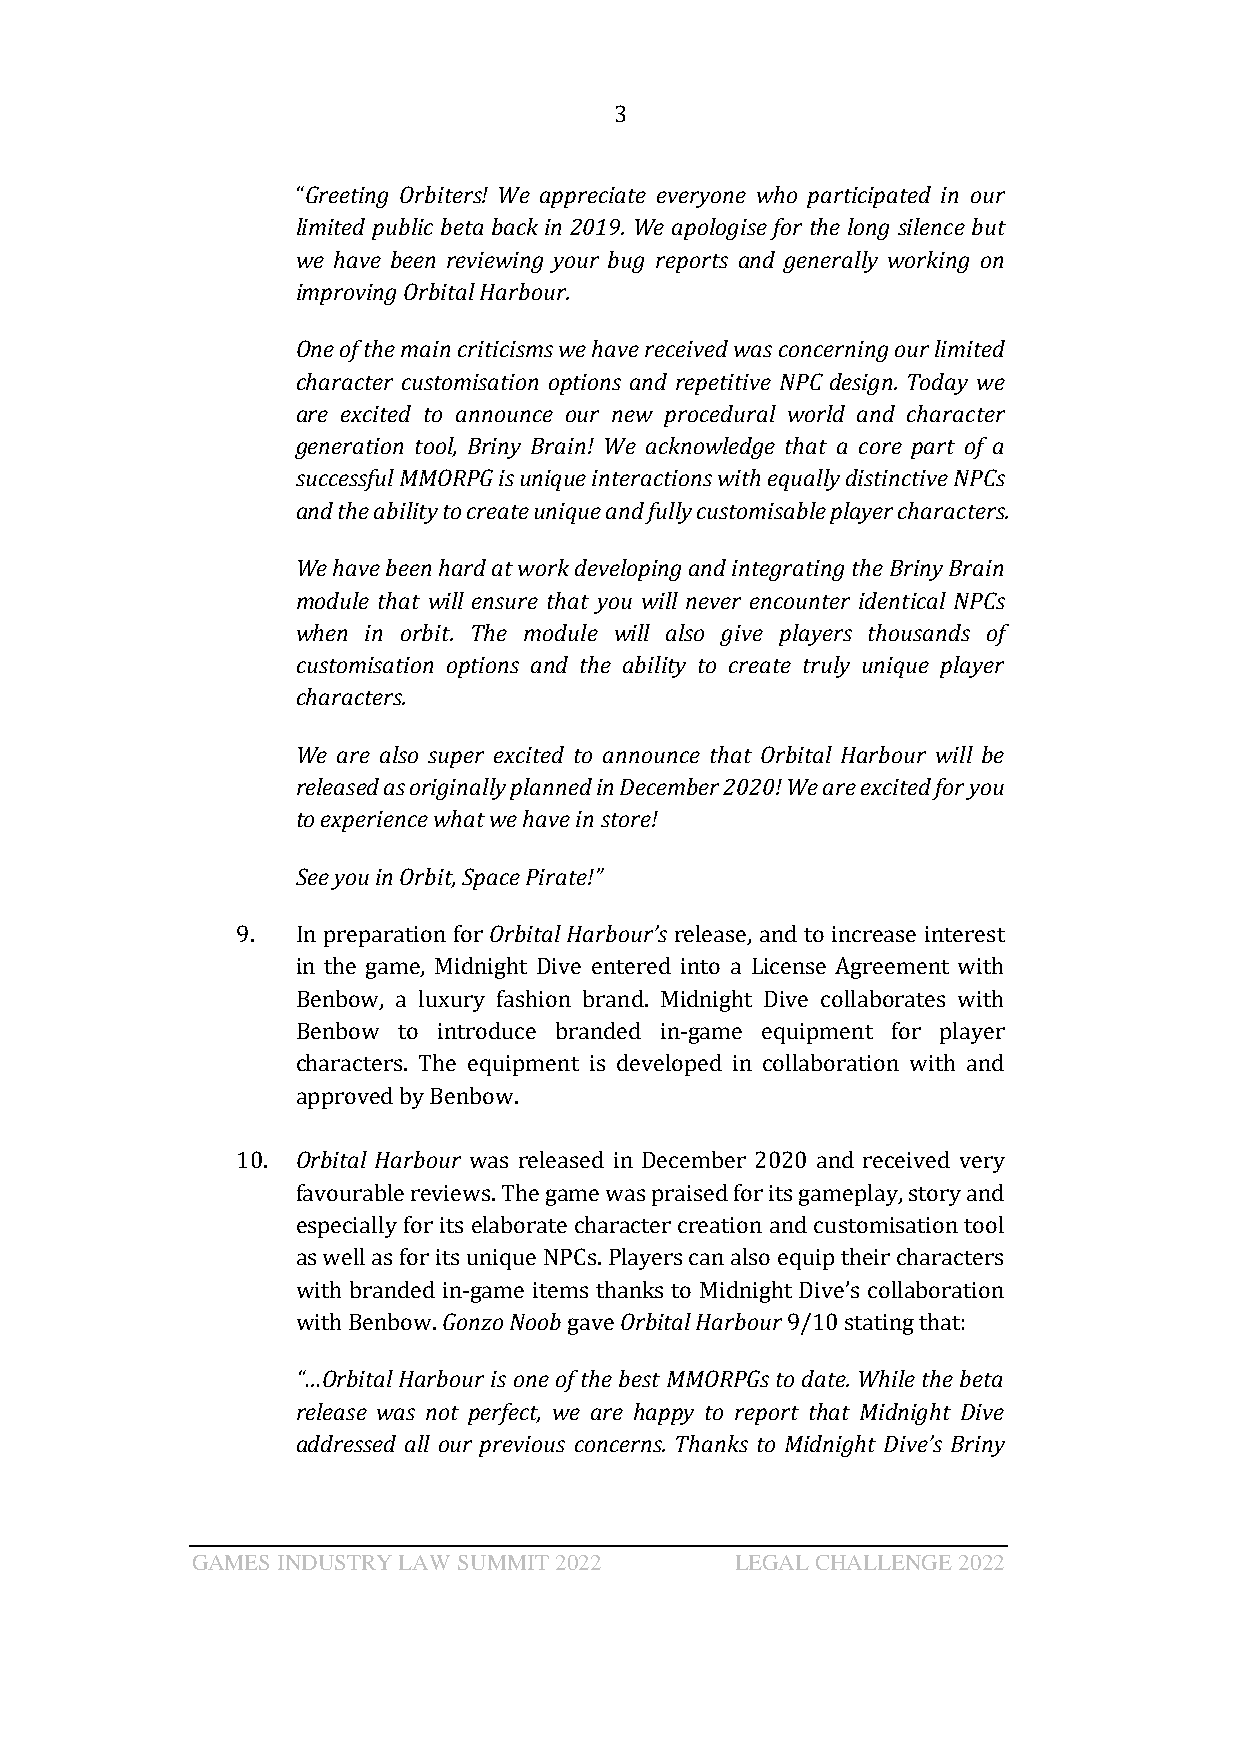
3
 “Greeting Orbiters! We appreciate everyone who participated in our
 limited public beta back in 2019. We apologise for the long silence but
 we have been reviewing your bug reports and generally working on
 improving Orbital Harbour.
 One of the main criticisms we have received was concerning our limited
 character customisation options and repetitive NPC design. Today we
 are excited to announce our new procedural world and character
 generation tool, Briny Brain! We acknowledge that a core part of a
 successful MMORPG is unique interactions with equally distinctive NPCs
 and the ability to create unique and fully customisable player characters.
 We have been hard at work developing and integrating the Briny Brain
 module that will ensure that you will never encounter identical NPCs
 when in orbit. The module will also give players thousands of
 customisation options and the ability to create truly unique player
 characters.
 We are also super excited to announce that Orbital Harbour will be
 released as originally planned in December 2020! We are excited for you
 to experience what we have in store!
 See you in Orbit, Space Pirate!”
 9.  In preparation for Orbital Harbour’s release, and to increase interest
 in the game, Midnight Dive entered into a License Agreement with
 Benbow, a luxury fashion brand. Midnight Dive collaborates with
 Benbow to introduce branded in-game equipment for player
 characters. The equipment is developed in collaboration with and
 approved by Benbow.
 10. Orbital Harbour was released in December 2020 and received very
 favourable reviews. The game was praised for its gameplay, story and
 especially for its elaborate character creation and customisation tool
 as well as for its unique NPCs. Players can also equip their characters
 with branded in-game items thanks to Midnight Dive’s collaboration
 with Benbow. Gonzo Noob gave Orbital Harbour 9/10 stating that:
 “…Orbital Harbour is one of the best MMORPGs to date. While the beta
 release was not perfect, we are happy to report that Midnight Dive
 addressed all our previous concerns. Thanks to Midnight Dive’s Briny
 GAMES INDUSTRY LAW SUMMIT 2022      LEGAL CHALLENGE 2022